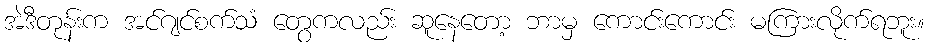
အဲဒီတုန်းက အင်ဂျင်စက်သံ တွေကလည်း ဆူနေတော့ ဘာမှ ကောင်းကောင်း မကြားလိုက်ရဘူး။